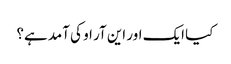
کیا ایک اور این آر او کی آمد ہے؟